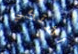
أشتكي